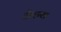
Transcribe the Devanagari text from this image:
शेहरा